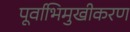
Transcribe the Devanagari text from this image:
पूर्वाभिमुखीकरण